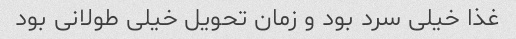
غذا خیلی سرد بود و زمان تحویل خیلی طولانی بود